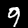
Label: 9